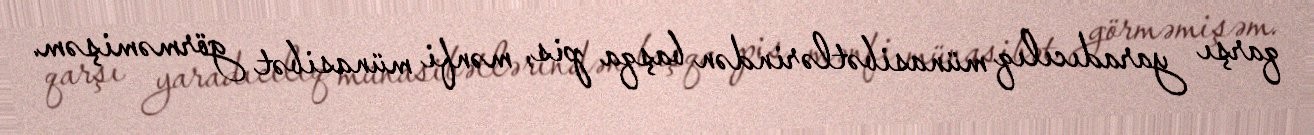
qarşı yaradıcılıq münasibətlərindən başqa pis, mənfi münasibət görməmişəm.